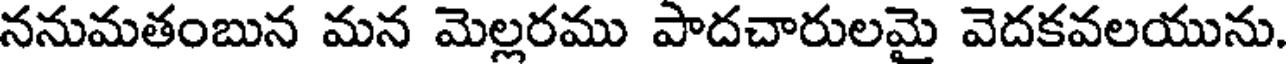
ననుమతంబున మన మెల్లరము పాదచారులమై వెదకవలయును.